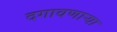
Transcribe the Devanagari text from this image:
दगावणाऱ्या